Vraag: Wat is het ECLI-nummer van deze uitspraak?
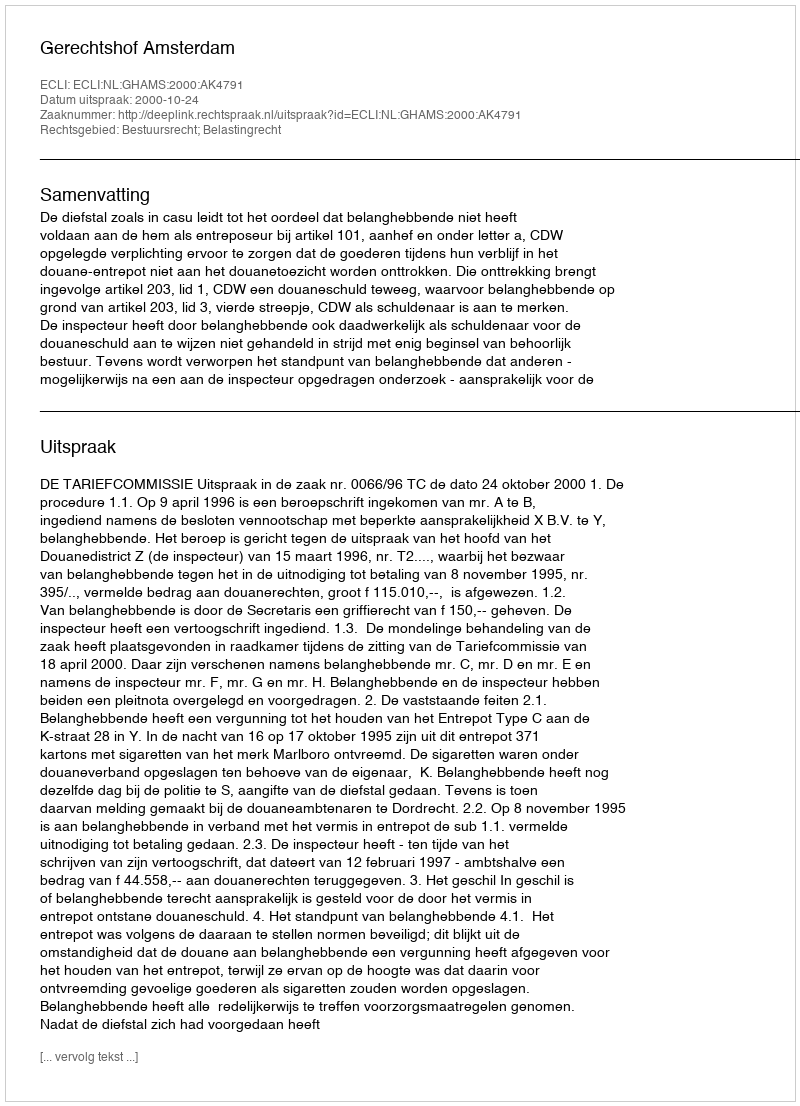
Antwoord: ECLI:NL:GHAMS:2000:AK4791